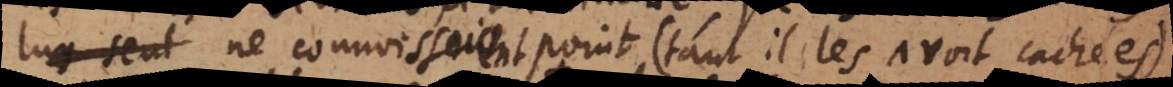
s ne connoissoient point (tant il les avoit cachées),